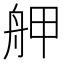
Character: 舺